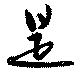
是